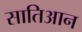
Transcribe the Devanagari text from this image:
सातिआन